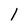
Character: 1